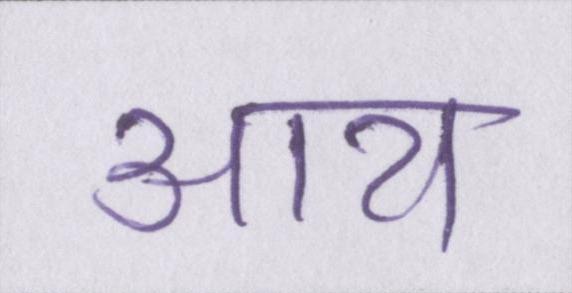
आय